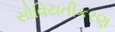
સોવિયતીકરણ